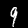
Digit: 9